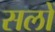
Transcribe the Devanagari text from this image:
सलों